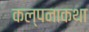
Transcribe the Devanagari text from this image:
कल्पनाकथा